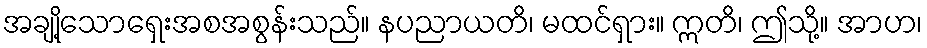
အချို့သောရှေးအစအစွန်းသည်။ နပညာယတိ၊ မထင်ရှား။ ဣတိ၊ ဤသို့။ အာဟ၊